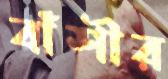
বাঁশীর